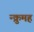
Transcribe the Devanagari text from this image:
न्क्रुमह